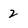
Character: 2